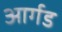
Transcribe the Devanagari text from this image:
आर्गड